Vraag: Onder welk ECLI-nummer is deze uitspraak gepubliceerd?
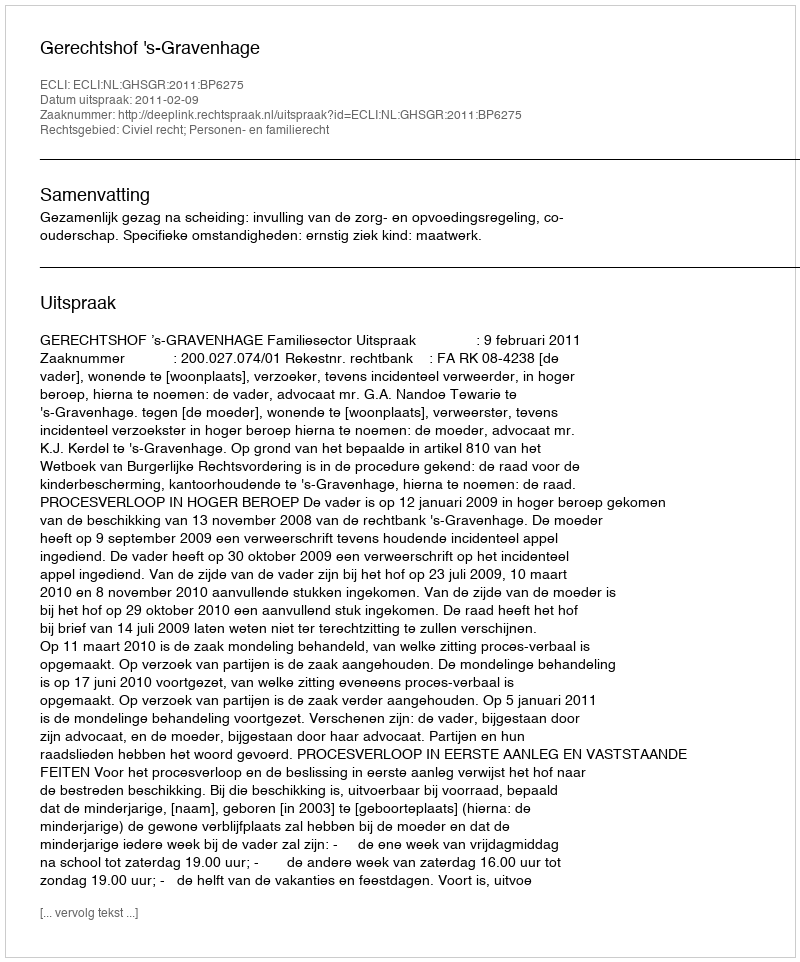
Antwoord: ECLI:NL:GHSGR:2011:BP6275